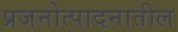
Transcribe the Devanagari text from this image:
प्रजनोत्पादनातील